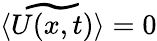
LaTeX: \langle\widetilde{U(x,t)}\rangle=0